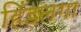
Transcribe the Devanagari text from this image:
हिंडलगा